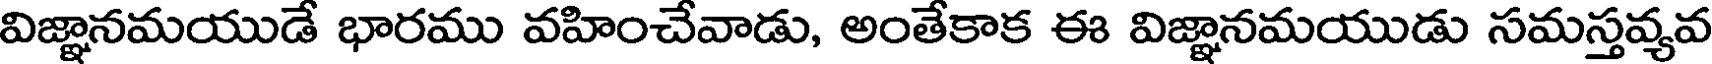
విజ్ఞానమయుడే భారము వహించేవాడు, అంతేకాక ఈ విజ్ఞానమయుడు సమస్తవ్యవ